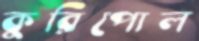
কুরিপোল